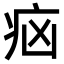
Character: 𤵅